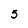
Character: 5